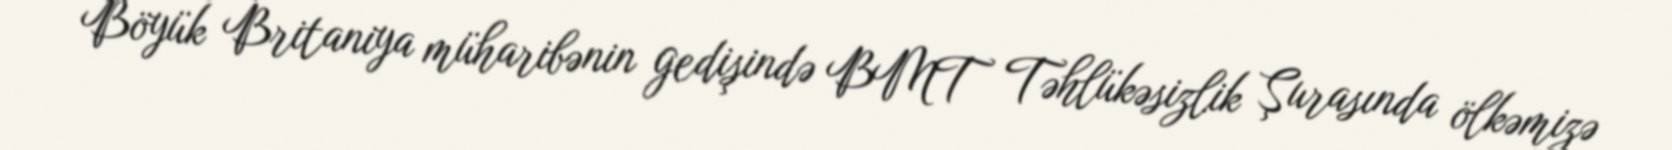
Böyük Britaniya müharibənin gedişində BMT Təhlükəsizlik Şurasında ölkəmizə